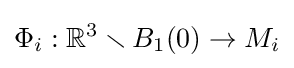
\Phi _{i}:\mathbb {R} ^{3}\smallsetminus B_{1}(0)\to M_{i}